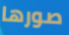
صورها